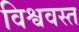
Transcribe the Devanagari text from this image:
विश्ववस्त